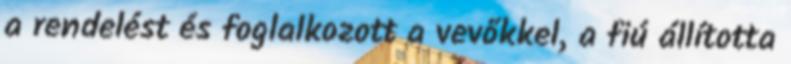
a rendelést és foglalkozott a vevőkkel, a fiú állította